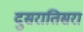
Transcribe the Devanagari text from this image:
दुसरातिसरा